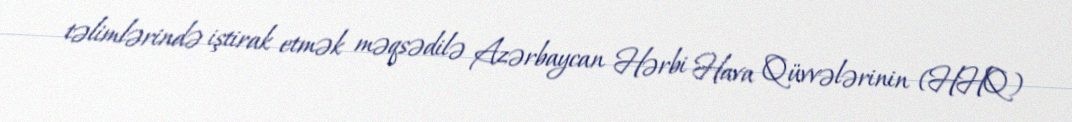
təlimlərində iştirak etmək məqsədilə Azərbaycan Hərbi Hava Qüvvələrinin (HHQ)